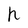
Character: h